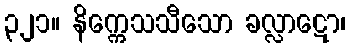
၃၂၁။ နိက္ကေသသီသော ခလ္လာဋော၊